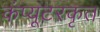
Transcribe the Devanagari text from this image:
कंप्यूटरकृत